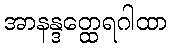
အာနန္ဒတ္ထေရဂါထာ